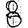
Digit: 8